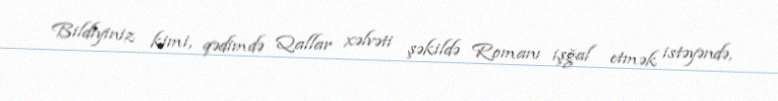
Bildiyiniz kimi, qədimdə Qallar xəlvəti şəkildə Romanı işğal etmək istəyəndə,